Annual administration and progress report of the Indian Medical Department, Bombay
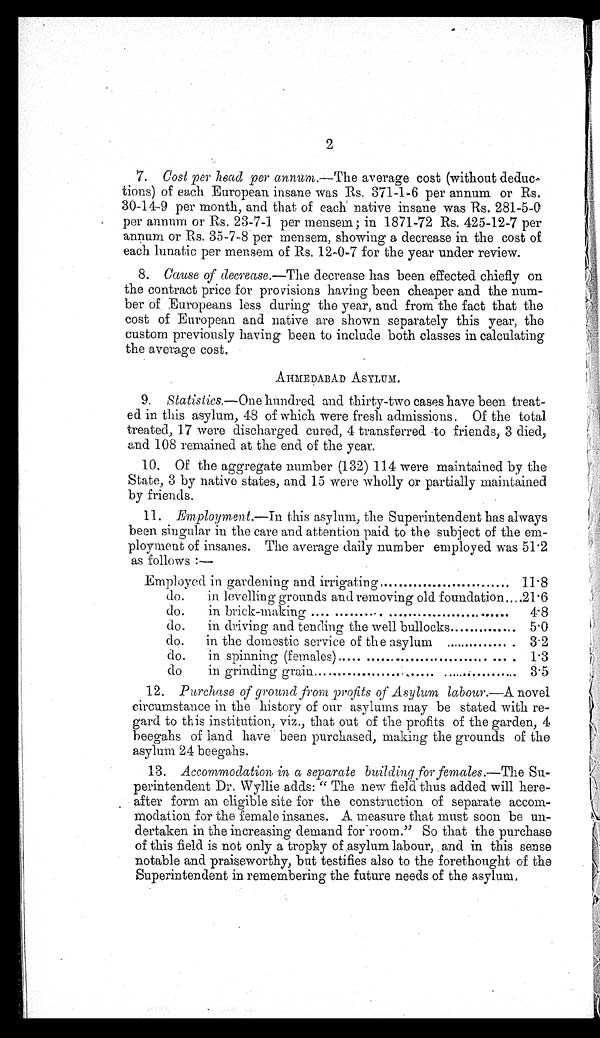
2
7. Cost per head per annum.— The average cost (without deduc-
tions) of each European insane was Rs. 371-1-6 per annum or Rs.
30-14-9 per month, and that of each native insane was Rs. 281-5-0
per annum or Rs. 23-7-1 per mensem;
in 1871-72 Rs. 425-12-7 per
annum or Rs. 35-7-8 per mensem, showing a decrease in the cost of
each lunatic per mensem of Rs. 12-0-7 for the year under review.
8. Cause of decrease.—The decrease has been effected chiefly on
the contract price for provisions having been cheaper and the num-
ber of Europeans less during the year, and from the fact that the
cost of European and native are shown separately this year, the
custom previously having been to include both classes in calculating
the average cost.
AHMEDABAD ASYLUM.
9. Statistics.—One hundred and thirty-two cases have been treat
- e d
i n t h i s a s y l u m , 4 8 o f w h i c h w e r e f r e s h a d m i s s i o n s . O f t h e t o t a l
treated, 17 were discharged cured, 4 transferred to friends, 3 died,
and 108 remained at the end of the year.
10. Of the aggregate number (132) 114 were maintained by the
State, 3 by native states, and 15 were wholly or partially maintained
by friends.
11.
Employment.—In
this asylum, the Superintendent has always
been singular in the care and attention paid to the subject of the em-
ployment of insanes. The average daily number employed was 51.2
as follows :—
Employed in gardening and irrigating
11.8
do.
in levelling grounds and removing old foundation
2 1 . 6
do.
in brick-making
4 . 8
do.
in driving and tending the well bullocks
5.0
do.
in the domestic service of the asylum
3.2
do.
in spinning (females)
1.3
do.
in grinding grain
3.5
12. Purchase of ground from profits of Asylum labour.— A novel
circumstance in the history of our asylums may be stated with re-
gard to this institution, viz., that out of the profits of the garden, 4
beegahs of land have been purchased, making the grounds of the
asylum 24 beegahs.
13. Accommodation in a separate building for females.— The Su-
perintendent Dr . Wyl l i e adds: " The newf i e l d
thus added will here-
after form an eligible site for the construction of separate accom-
modation for the female insanes. A measure that must soon be un-
dertaken in the increasing demand for room." So that the purchase
of this field is not only a trophy of asylum labour, and in this sense
notable and praiseworthy, but testifies also to the forethought of the
Superintendent in remembering the future needs of the asylum.